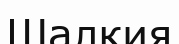
Шалкия